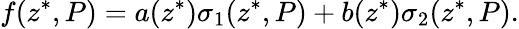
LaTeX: f(z^{\ast},P)=a(z^{\ast})\sigma_{1}(z^{\ast},P)+b(z^{\ast})\sigma_{2}(z^{\ast},P).